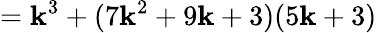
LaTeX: =\mathbf{k}^{3}+(7\mathbf{k}^{2}+9\mathbf{k}+3)(5\mathbf{k}+3)